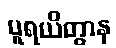
ပူရယိတွာန